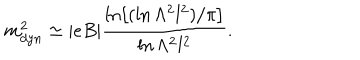
m _ { d y n } ^ { 2 } \simeq | e B | \frac { \ln \left[ ( \ln \Lambda ^ { 2 } l ^ { 2 } ) / \pi \right] } { \ln \Lambda ^ { 2 } l ^ { 2 } } .